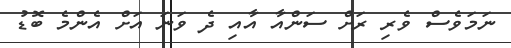
ނަމަވެސް ވެރި ރަށް ސަންއާ އާއި ދެ ވަނަ އަށް އެންމެ ބޮޑު